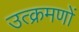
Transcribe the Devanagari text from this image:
उत्क्रमणों